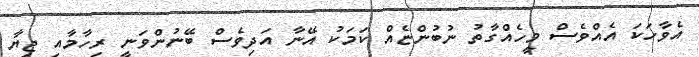
އެވާހަކަ އެއްވެސް މީހެއްގާތު ނުބުންޏެއް ކަމަކު އޭނާ އަދިވެސް ބޭނުންވަނީ ރިހާމާއި ޖިޔާ